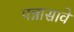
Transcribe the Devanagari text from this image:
पन्नासावे